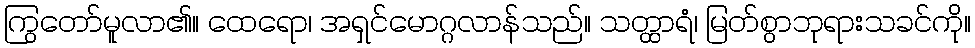
ကြွတော်မူလာ၏။ ထေရော၊ အရှင်မောဂ္ဂလာန်သည်။ သတ္ထာရံ၊ မြတ်စွာဘုရားသခင်ကို။